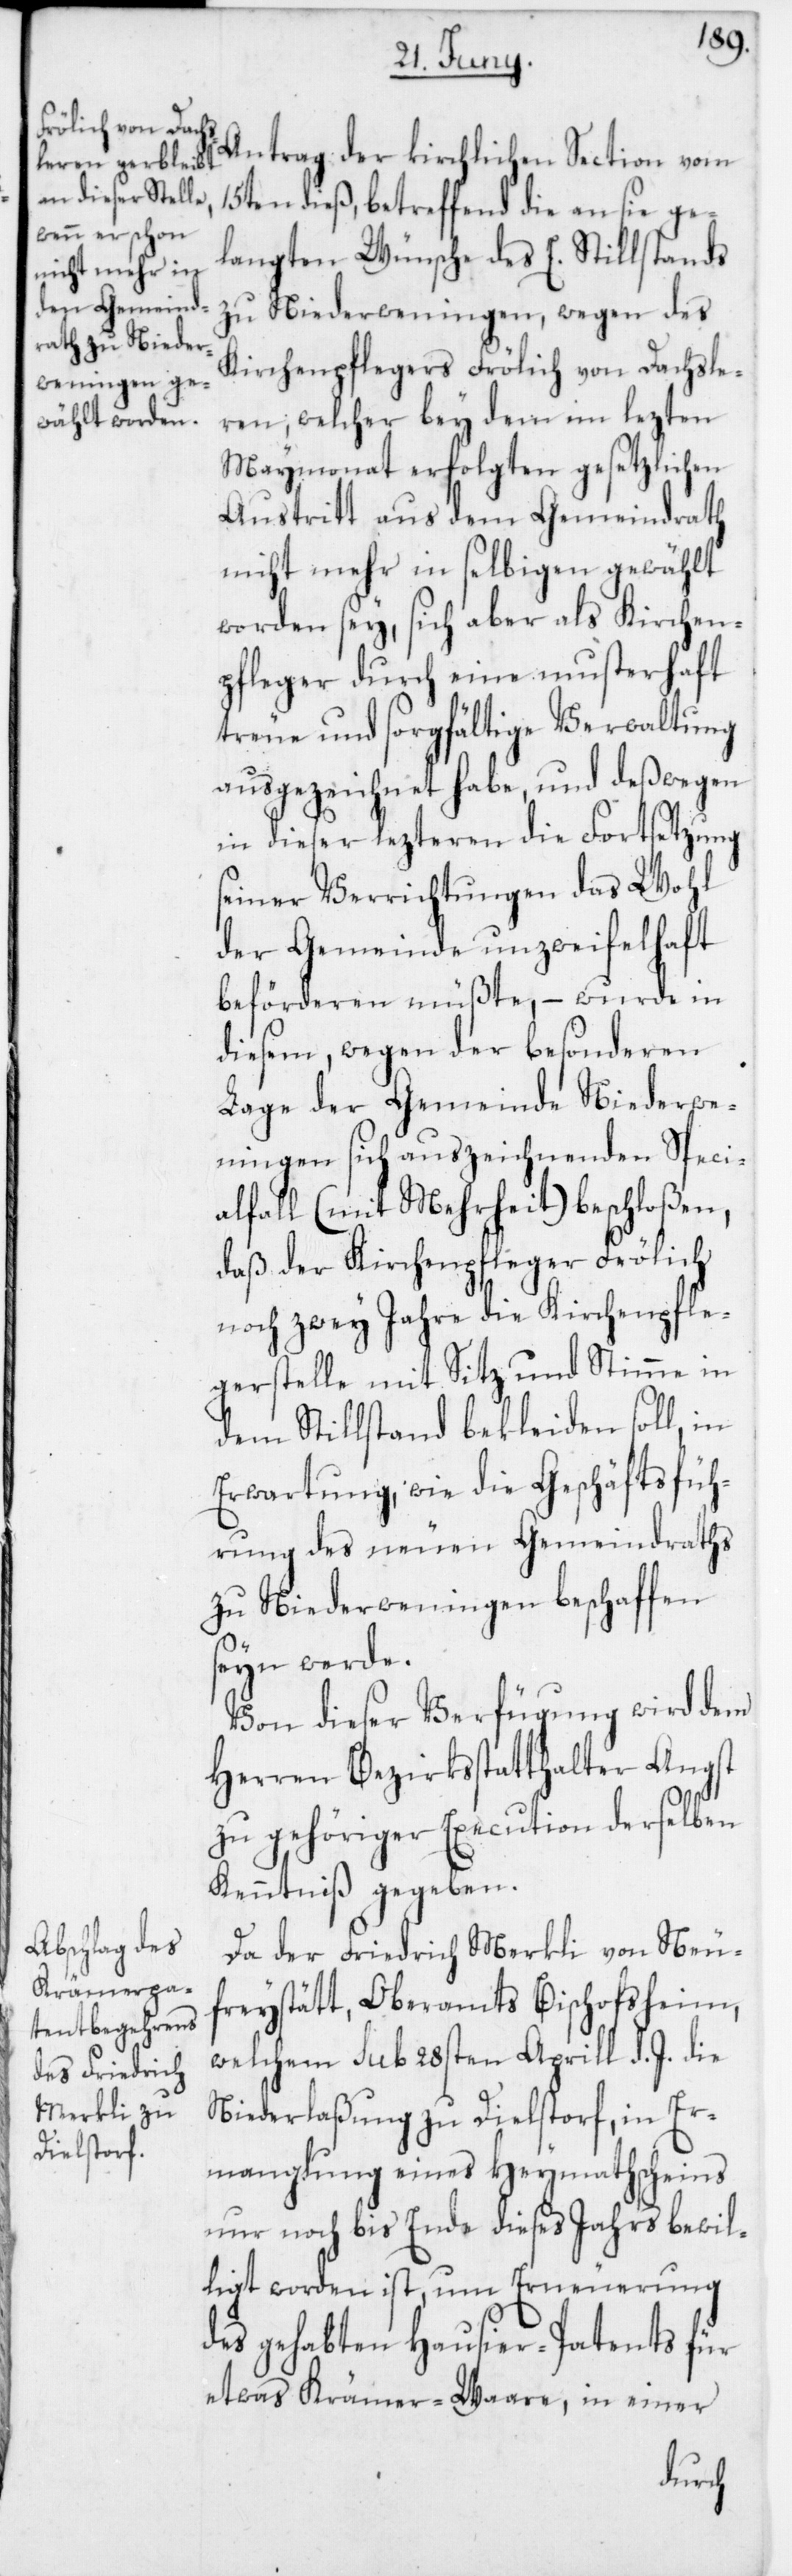
Antrag der kirchlichen Section vom
15ten dieß, betreffend die an sie ge¬
langten Wünsche des E. Stillstands
zu Niederweningen, wegen des
Kirchenpflegers Frölich von Dachsle¬
ren, welcher bey dem im lezten
Maymonat erfolgten gesetzlichen
Austritt aus dem Gemeindrath
nicht mehr in selbigen gewählt
worden sey, sich aber als Kirchen¬
pfleger durch eine musterhaft
treue und sorgfältige Verwaltung
ausgezeichnet habe, und deßwegen
in dieser lezteren die Fortsetzung
seiner Verrichtungen das Wohl
der Gemeinde unzweifelhaft
beförderen müßte, – wurde in
diesem, wegen der besonderen
Lage der Gemeinde Niederwe¬
ningen sich auszeichnenden Speci¬
alfall (mit Mehrheit) beschloßen,
daß der Kirchenpfleger Frölich
noch zwey Jahre die Kirchenpfle¬
gerstelle mit Sitz und Stimme in
dem Stillstand bekleiden soll, in
Erwartung, wie die Geschäftsfüh¬
rung des neuen Gemeindraths
zu Niederweningen beschaffen
seyn werde.
Von dieser Verfügung wird dem
Herren Bezirksstatthalter Angst
zu gehöriger Execution derselben
Kenntniß gegeben.
Da der Friedrich Merkli von Neu¬
freystätt, Oberamts Bischofsheim,
welchem sub 28sten Aprill d. J. die
Niederlaßung zu Dielstorf, in Er¬
manglung eines Heymathscheins
nur noch bis Ende dieses Jahrs bewil¬
ligt worden ist, um Erneuerung
des gehabten Hausier-Patents für
etwas Krämer-Waare, in einer